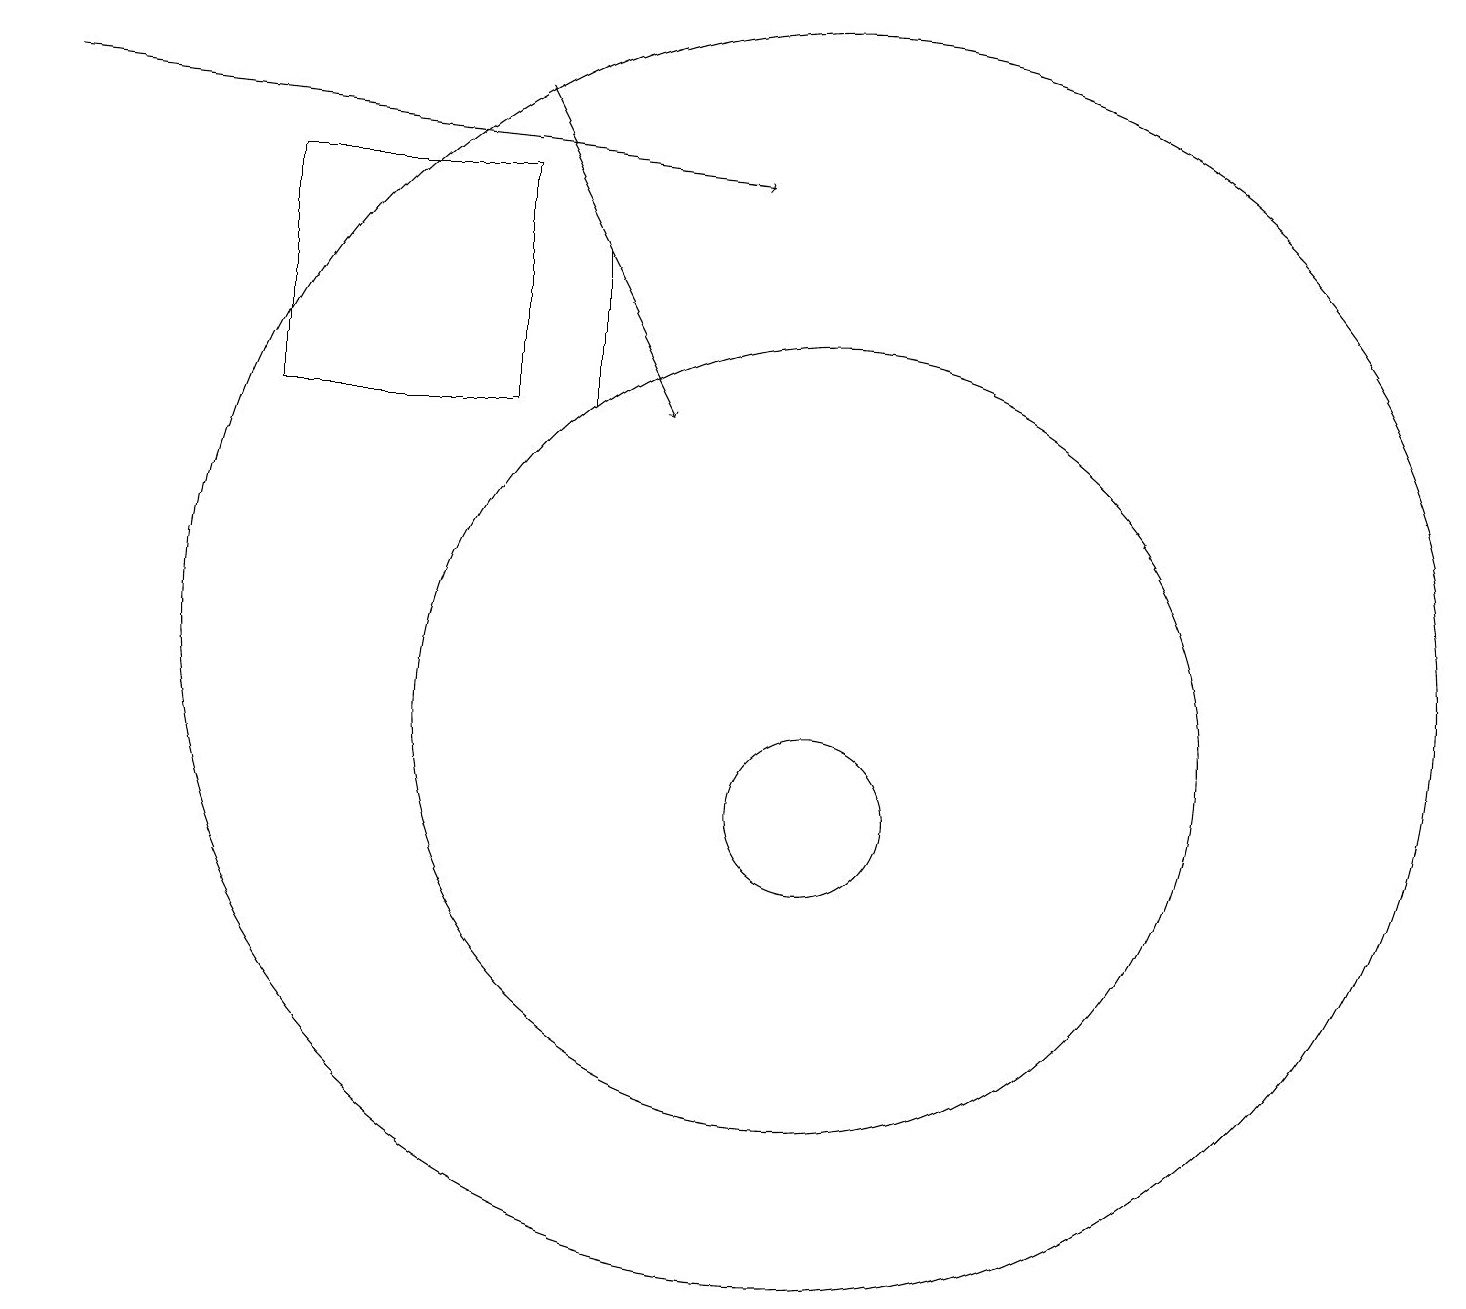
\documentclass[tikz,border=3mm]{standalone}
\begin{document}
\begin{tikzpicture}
\draw (10,12) circle (8);
\draw[->] (0,19) -- (9,18);
\draw[->] (6,19) -- (8,15);
\draw (7,17) rectangle (7,15);
\draw (10,11) circle (5);
\draw (6,18) rectangle (3,15);
\draw (10,10) circle (1);
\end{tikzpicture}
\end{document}